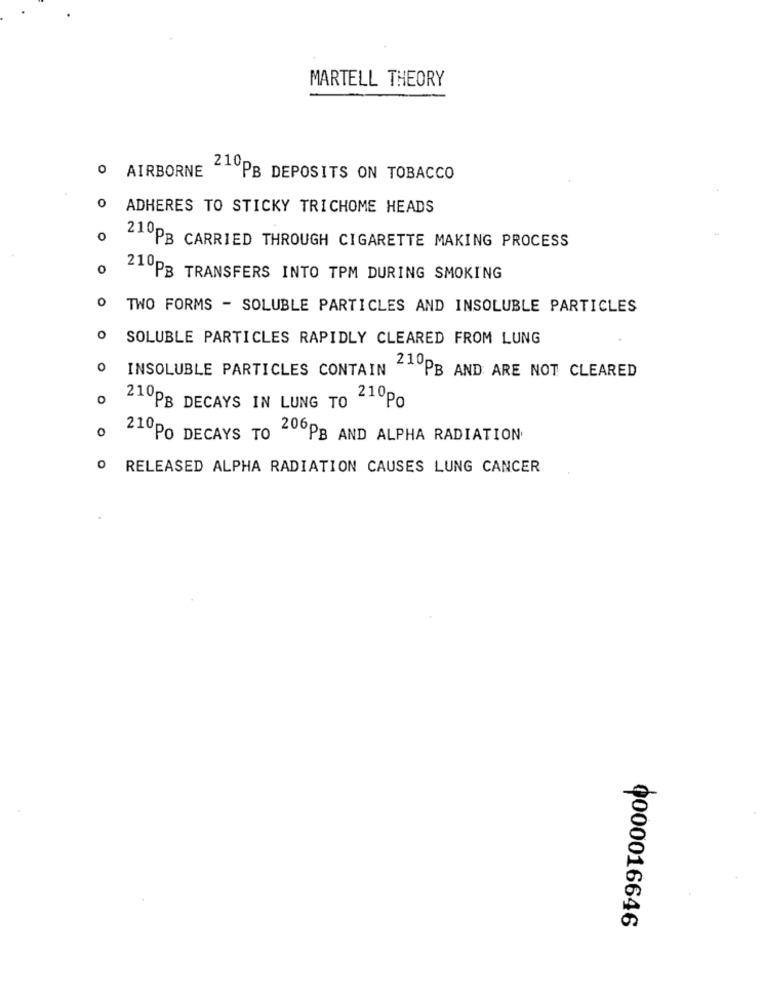
MARTELL THEORY
0 AIRBORNE
210PB DEPOSITS ON TOBACCO
O ADHERES TO STICKY TRICHOME HEADS
0
210PB CARRIED THROUGH CIGARETTE MAKING PROCESS
0
210PB TRANSFERS INTO TPM DURING SMOKING
0
TWO FORMS - SOLUBLE PARTICLES AND INSOLUBLE PARTICLES
0
SOLUBLE PARTICLES RAPIDLY CLEARED FROM LUNG
0
INSOLUBLE PARTICLES CONTAIN
210PB AND ARE NOT CLEARED
0
210PB DECAYS IN LUNG TO 210Po
0
210PO DECAYS TO 206PB AND ALPHA RADIATION
O RELEASED ALPHA RADIATION CAUSES LUNG CANCER
0000016646